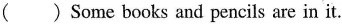
( ) Some books and pencils are in it.